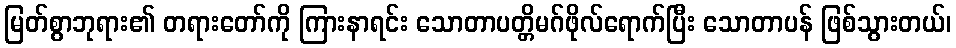
မြတ်စွာဘုရား၏ တရားတော်ကို ကြားနာရင်း သောတာပတ္တိမဂ်ဖိုလ်ရောက်ပြီး သောတာပန် ဖြစ်သွားတယ်၊